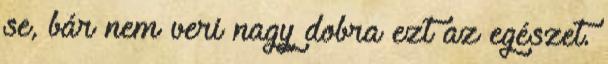
se, bár nem veri nagy dobra ezt az egészet.